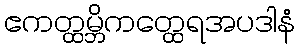
ဧကတ္ထမ္ဘိကတ္ထေရအပဒါနံ